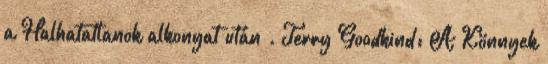
a Halhatatlanok alkonyat után . Terry Goodkind: A Könnyek